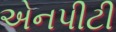
એનપીટી